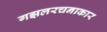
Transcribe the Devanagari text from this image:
गझलरचनाकार